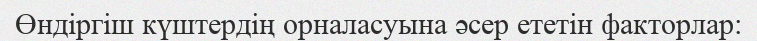
Өндіргіш күштердің орналасуына әсер ететін факторлар: